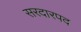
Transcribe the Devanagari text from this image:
सरदारपद